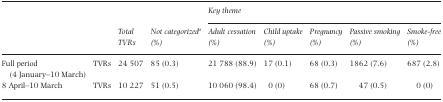
| <ROWSPAN=2-COLSPAN=2>  | <ROWSPAN=2> Total TVRs | <ROWSPAN=2> Not categorizeda (%) | <COLSPAN=5> Key theme |
 | Adult cessation (%) | Child uptake (%) | Pregnancy (%) | Passive smoking (%) | Smoke-free (%) |
 | --- | --- | --- | --- | --- | --- | --- | --- | --- |
 | Full period (4 January–10 March) | TVRs | 24 507 | 85 (0.3) | 21 788 (88.9) | 17 (0.1) | 68 (0.3) | 1862 (7.6) | 687 (2.8) |
 | 8 April–10 March | TVRs | 10 227 | 51 (0.5) | 10 060 (98.4) | 0 (0) | 68 (0.7) | 47 (0.5) | 0 (0) |